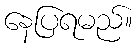
နေပြရမည်။